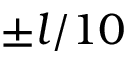
\pm l / 1 0